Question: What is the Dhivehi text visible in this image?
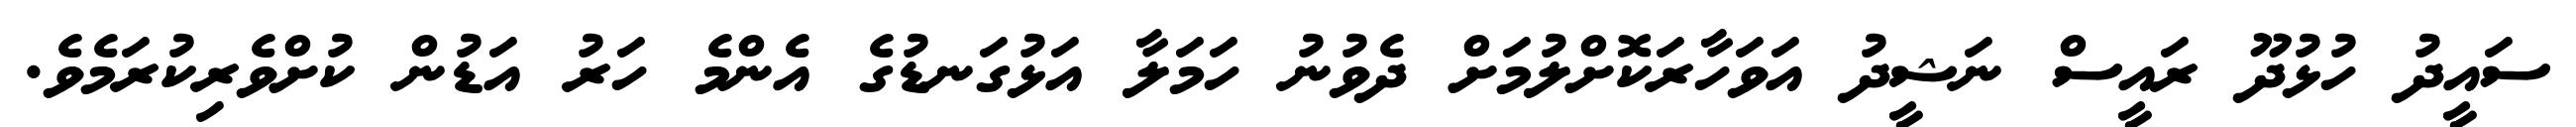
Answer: ސައީދު ހުޅުދޫ ރައީސް ނަޝީދު އަވަހާރަކޮށްލުމަށް ދެވުނު ހަމަލާ އަޅުގަނޑުގެ އެންމެ ހަރު އަޑުން ކުށްވެރިކުރަމެވެ.